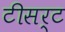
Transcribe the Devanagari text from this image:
टीसर्ट